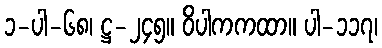
၁-ပါ-၆၈၊ ဋ္ဌ-၂၄၅။ ဝိပါကကထာ။ ပါ-၁၁၇၊